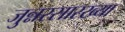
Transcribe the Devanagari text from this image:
जुन्नरसारख्या